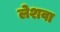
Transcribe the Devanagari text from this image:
लेशवा